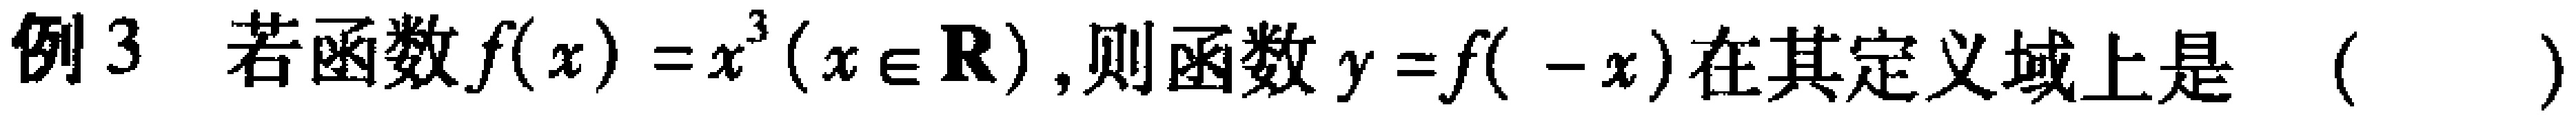
例3 若函数$f(x)=x^{3}(x\in \mathbf{R})$,则函数$y = f( -x)$在其定义域上是 （  ）